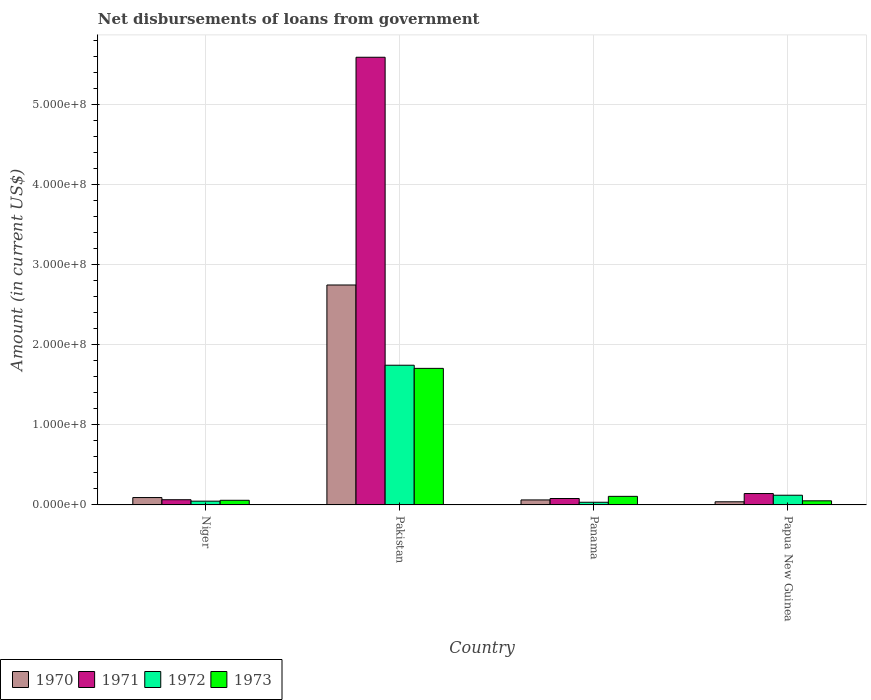
| Country | 1970 | 1971 | 1972 | 1973 |
 | --- | --- | --- | --- | --- |
 | Niger | 9.21e+06 | 6.5e+06 | 4.7e+06 | 5.79e+06 |
 | Pakistan | 2.74e+08 | 5.59e+08 | 1.74e+08 | 1.7e+08 |
 | Panama | 6.24e+06 | 8.01e+06 | 3.34e+06 | 1.07e+07 |
 | Papua New Guinea | 3.92e+06 | 1.42e+07 | 1.21e+07 | 5.14e+06 |